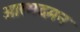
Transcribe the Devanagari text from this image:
आत्मदमन